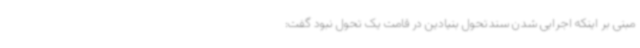
مبنی بر اینکه اجرایی شدن سندتحول بنیادین در قامت یک تحول نبود گفت: